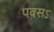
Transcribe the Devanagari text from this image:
पवसऽ